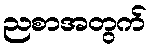
ညစာအတွက်